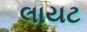
લાયટ